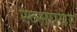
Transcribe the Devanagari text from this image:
स्व्सएयर